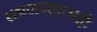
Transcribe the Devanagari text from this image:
समजण्यासही